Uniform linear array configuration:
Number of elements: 64
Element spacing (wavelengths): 0.5
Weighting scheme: uniform
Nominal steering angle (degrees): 30
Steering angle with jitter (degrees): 30.146
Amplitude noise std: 0.05
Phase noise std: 0.05

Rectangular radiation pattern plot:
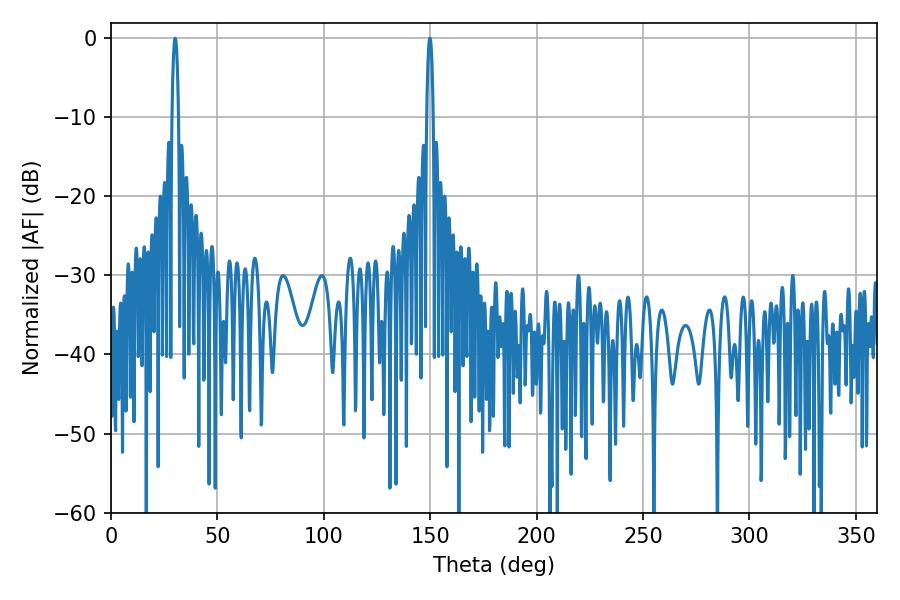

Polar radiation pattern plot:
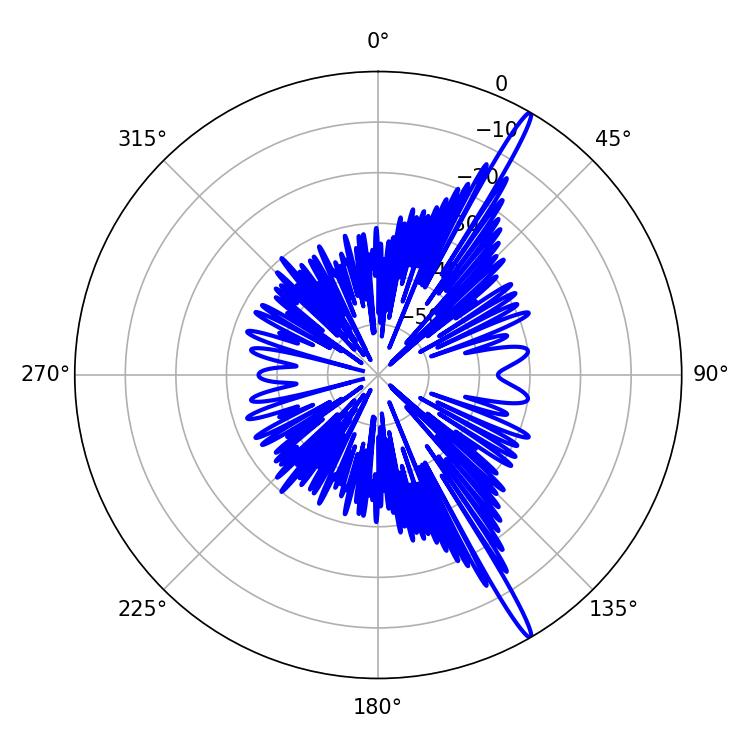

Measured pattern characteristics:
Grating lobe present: FALSE
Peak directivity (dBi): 17.383
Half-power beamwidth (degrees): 1.62
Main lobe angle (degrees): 30.06